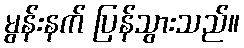
မွန်းနက် ပြန်သွားသည်။